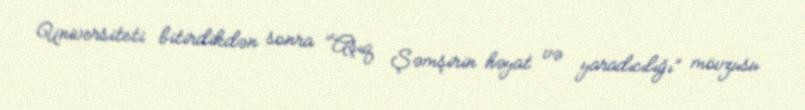
Universiteti bitirdikdən sonra “Aşıq Şəmşirin həyat və yaradıcılığı” mövzusu